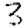
Digit: 3